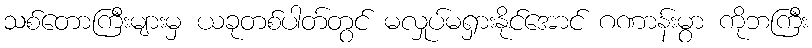
သစ်တောကြီးများမှ ယခုတစ်ပါတ်တွင် မလှုပ်မရှားနိုင်အောင် ဂဏာန်းမွာ ကိုဘကြီး